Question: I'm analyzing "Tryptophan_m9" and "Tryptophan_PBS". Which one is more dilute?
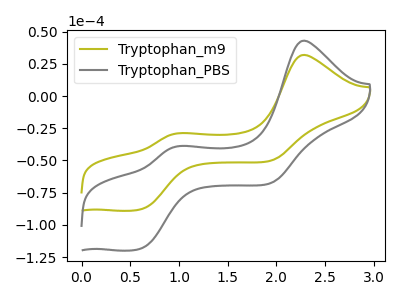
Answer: <think>The olive curve "Tryptophan_m9" has anodic peaks at (2.30V, 31.90uA) (1.00V, -28.85uA) and cathodic peaks at (0.60V, -87.75uA) (1.95V, -50.35uA). The gray curve "Tryptophan_PBS" has anodic peaks at (2.30V, 42.95uA) (1.00V, -38.85uA) and cathodic peaks at (0.60V, -118.20uA) (1.95V, -67.80uA).
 All the peaks in "Tryptophan_m9" have a peak in "Tryptophan_PBS" at the same potential.</think>
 <answer>I cant tell if "Tryptophan_m9" or "Tryptophan_PBS" has higher concentration.</answer>
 <eval>mixed_concentration</eval>